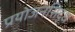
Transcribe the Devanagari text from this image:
प्रयोजनसिद्ध